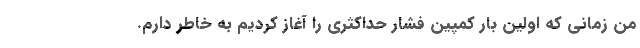
من زمانی که اولین بار کمپین فشار حداکثری را آغاز کردیم به خاطر دارم.